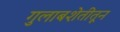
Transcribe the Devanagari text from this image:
गुलाबशेतीतून